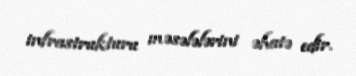
infrastrukturu məsələlərini əhatə edir.